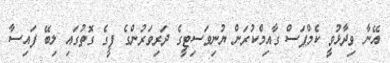
އޭނާ ވިދާޅުވީ ކެމްޕަސް ގާއިމްކުރަން ޔުނިވަސިޓީގެ ދަރިވަރުންގެ ފީގެ ގޮތުގައި ލިބޭ ފައިސާ